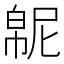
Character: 𫷍